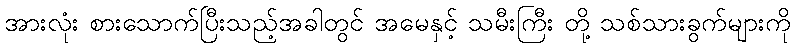
အားလုံး စားသောက်ပြီးသည့်အခါတွင် အမေနှင့် သမီးကြီး တို့ သစ်သားခွက်များကို